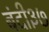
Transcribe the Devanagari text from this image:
बंदी३७